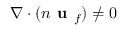
\nabla \cdot ( n \textbf { u } _ { f } ) \neq 0